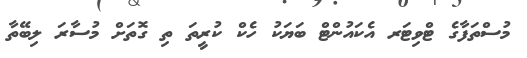
މުސްތަފާގެ ޓްވިޓަރ އެކައުންޓް ބަޔަކު ހެކް ކުރީތަ ތި ގޮތަށް މުސާރަ ލިބޭތާ